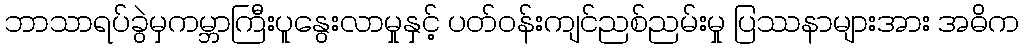
ဘာသာရပ်ခွဲမှကမ္ဘာကြီးပူနွေးလာမှုနှင့် ပတ်ဝန်းကျင်ညစ်ညမ်းမှု ပြဿနာများအား အဓိက